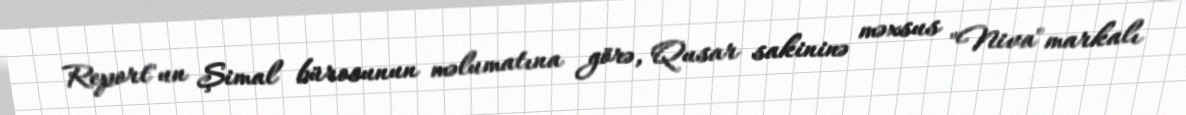
Report"un Şimal bürosunun məlumatına görə, Qusar sakininə məxsus "Niva" markalı